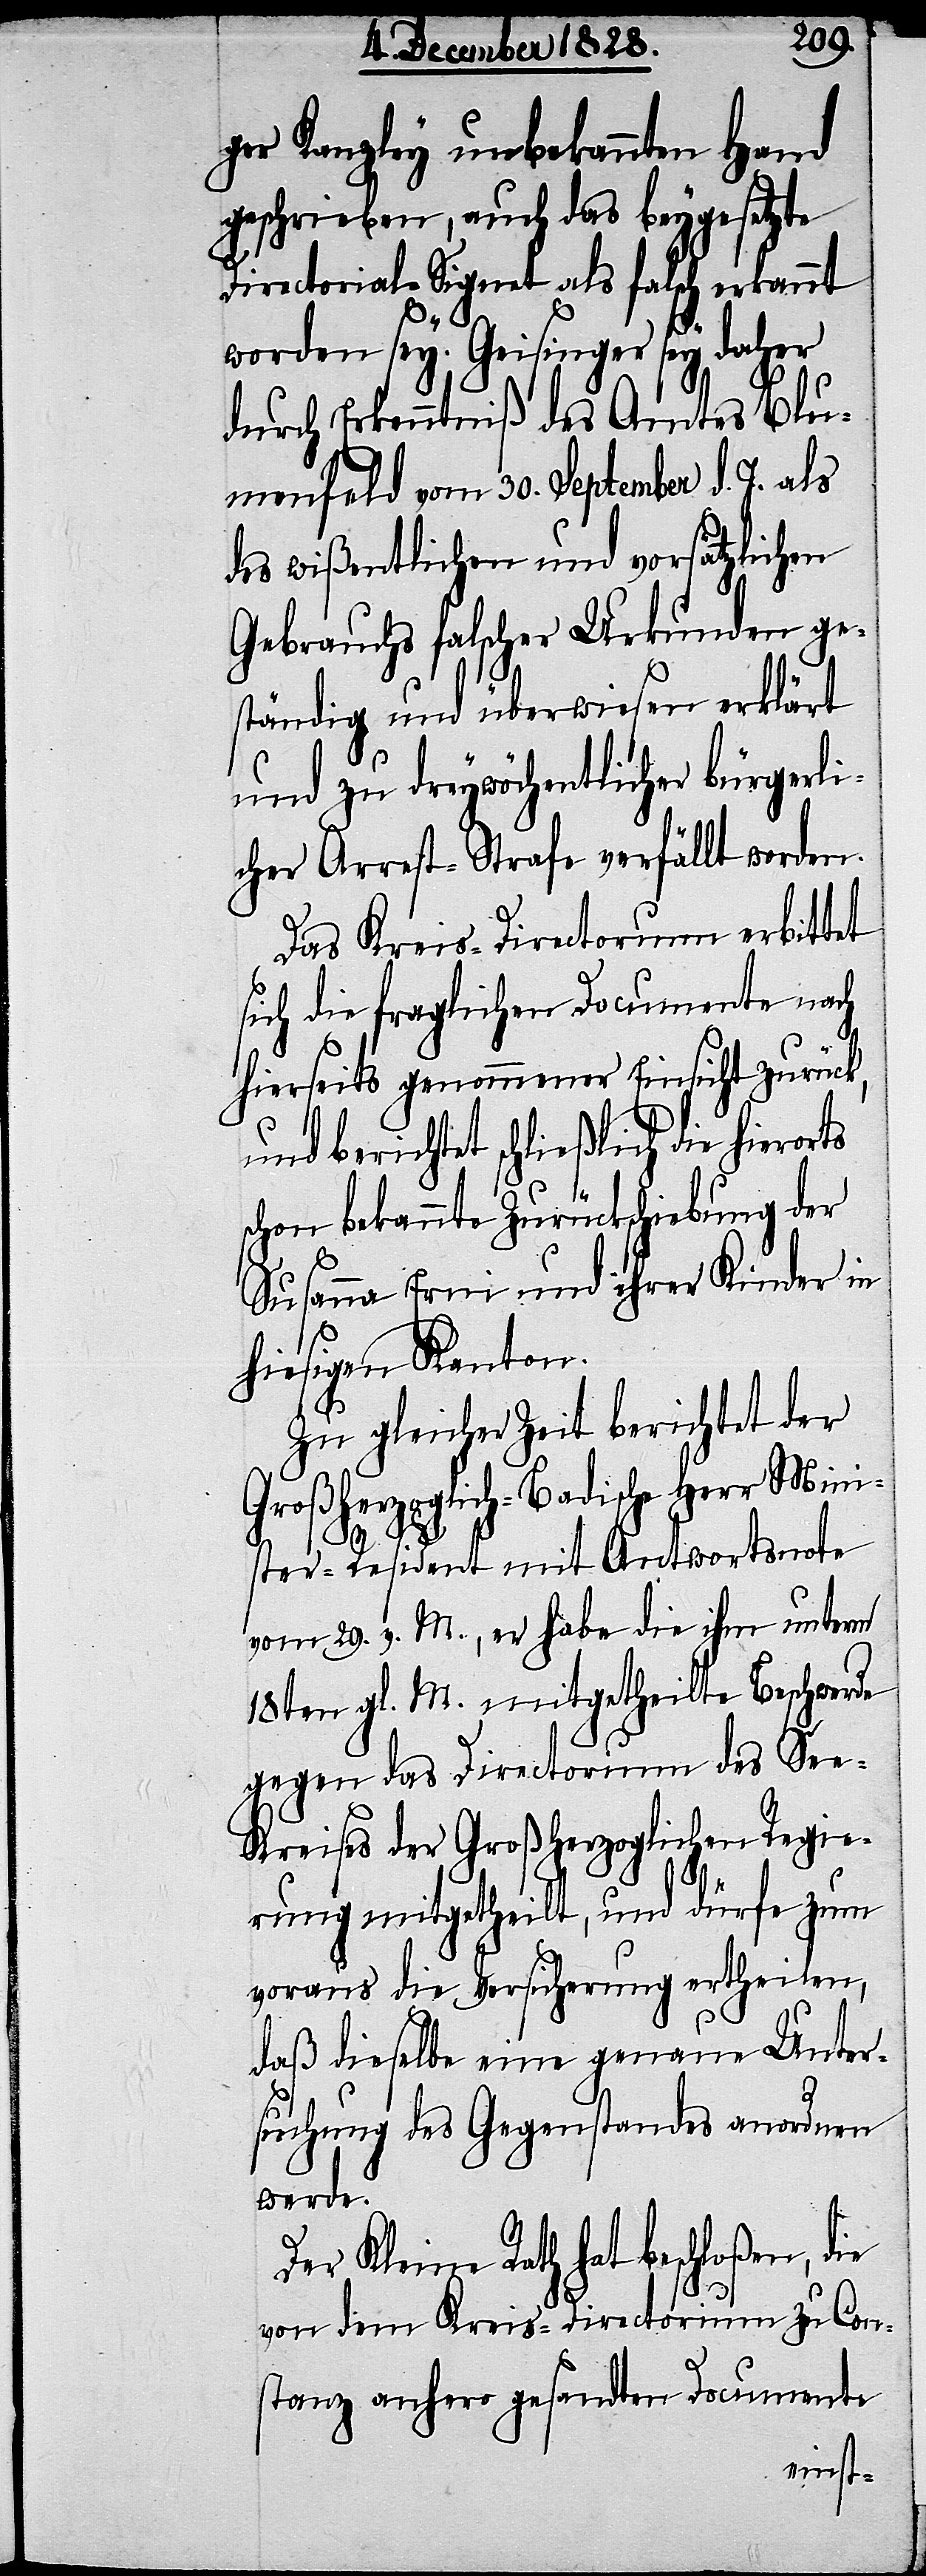
ger Kanzley unbekannten Hand
geschrieben, auch das beygesetzte
Directorial-Signet als falsch erkannt
worden sey. Geisinger sey daher
durch Erkenntniß des Amtes Blu¬
menfeld vom 30. September d. J. als
des wißentlichen und vorsätzlichen
Gebrauchs falscher Urkunden ge¬
ständig und überwiesen erklärt
und zu dreywöchentlicher bürgerli¬
cher Arrest-Strafe verfällt worden.
Das Kreis-Directorium erbittet
sich die fraglichen Documente nach
hierseits genommener Einsicht zurück,
und berichtet schließlich die hieror¬
schon bekannte Zurückschiebung der
Susanna Erni und ihrer Kinder in
hiesigen Kanton.
Zu gleicher Zeit berichtet der
Großherzoglich-Badische Herr Mini¬
ster-Resident mit Antwortsnote
vom 29. v. M., er habe die ihm unterm
18ten gl. M. mitgetheilte Beschwerde
gegen das Directorium des Se¬
e-Kreises der Großherzoglichen Regie¬
ts
rung mitgetheilt, und dürfe zum
voraus die Versicherung ertheilen,
daß dieselbe eine genaue Unter¬
suchung des Gegenstandes anordnen
werde.
Der Kleine Rath hat beschloßen, die
von dem Kreis-Directorium zu Con¬
stanz anhero gesandten Documente